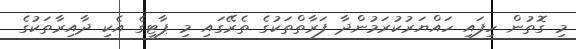
މި ގޮތުން ހިފައި ހައްޔަރުކުރަމުންދާ ފަރާތްތަކުގެ ތެރޭގައި މި ޕާޓީގެ އެކި ދާއިރާތަކުގެ